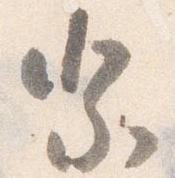
祭